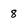
Character: 8